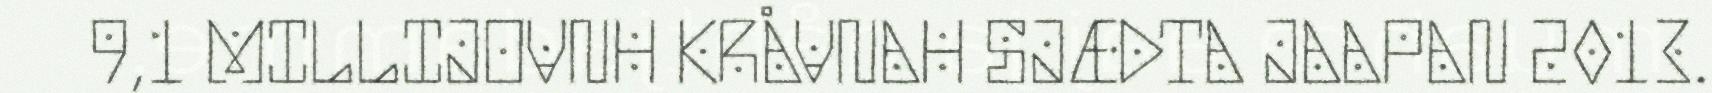
9,1 MILLIJOVNH KRÅVNAH SJÆDTA JAAPAN 2013.